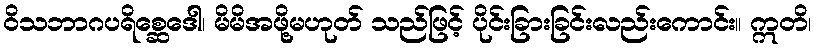
ဝိသဘာဂပရိစ္ဆေဒေါ၊ မိမိအဖို့မဟုတ် သည်ဖြင့် ပိုင်းခြားခြင်းလည်းကောင်း။ ဣတိ၊